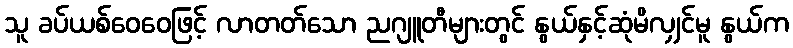
သူ ခပ်ယစ်ဝေဝေဖြင့် လာတတ်သော ညဂျူတီများတွင် နွယ်နှင့်ဆုံမိလျှင်မူ နွယ်က